Report of the Lahore Medical School Hospital
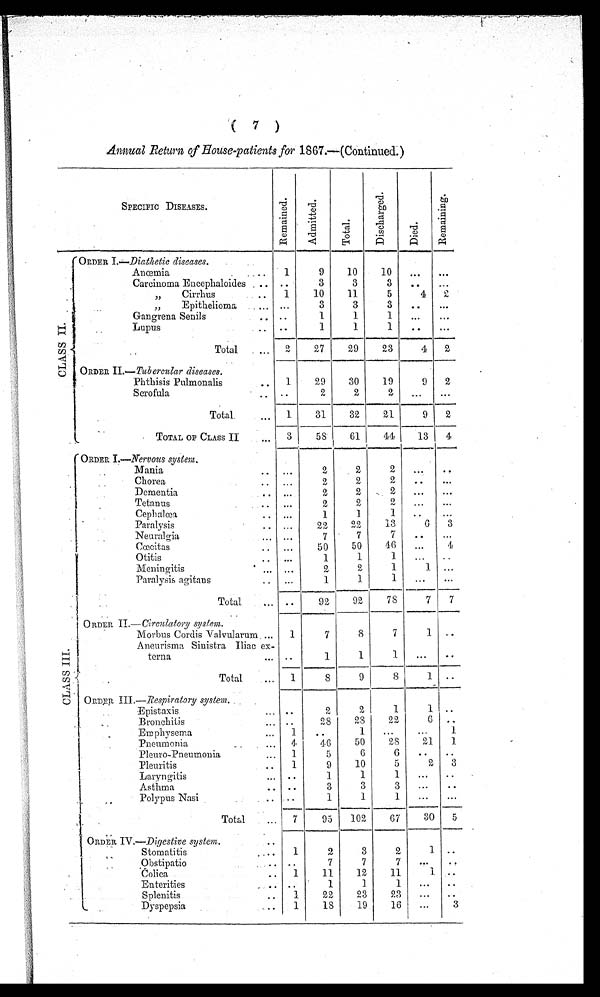
Annual Return, of House-patients for 1867.—(Continued.)
SPECIFIC DISEASES.
R e m a i n e d .
A d i m i t t e d .
T o t a l .
D i s h a r g e d .
D i e d .
R e m a i n i n g .
C L A S S I I
ORDER I. —Diathetic diseases.
Anœmia
.
1
9
10
10
. . .
. . .
Carcinoma Encephaloides , ..
3
3
3
. .
...
Cirrhus
.
1
10
11
5
4
2
Epithelioma ...
"
...
3
3
3
. .
. . .
Gangrena Senils
. . . .
1
1
1
. . .
. . .
Lupus
..
. .
1
1
1
..
. . .
Total
2
27
29
23
4
2
ORDER II.— Tubercular diseases.
Phthisis Pulmonalis
. .
1
29
30
19
9
2
Scrofula
..
. .
2
2
2
. . .
. . .
Total.
. . .
1 31
32
21
9
2
TOTAL OF CLASS II
...
3
58
61
44
13
4
CLASS I I I
ORDER I .—Nervous system.
Mania..
. . .
2
2
2
. . .
Chorea.. ...
2
2
2
. .
. . .
Dementia
. . .
2
2
2
. . .
. . .
Tetanus
. . .
2
2
2 ,
...
...
Cephalœa
.
. . .
1
1
1
..
...
Paralysis
. . ...
22
22
13
6
3
Neuralgia
... ...
7
7
7
..
...
Cœcitas
..
...
50
50
46
...
4
Otitis
. .
. . .
1
1
1
. . .
. .
Meningitis
. ...
...
2
2
1
1 ...
Paralysis agitans
..
. . .
1
1
1
. . .
Total
... ..
92
92
78
7
7
ORDER II .—Circulatory system.
Morbus Cordis Valvularum ...
1
7
8
7
1
Aneurisma Sinistra Iliac ex-
terna
...
.
.
1
1
1
...
. .
Total
.
...
1
8
9
8
1 ..
ORDER Ill. —Respiratory system.
.
Epistaxis
.
2
2
1
1 ..
Bronchitis
.. ..
28
28
22
6 ..
Emphysema
...
1
. .
1
...
...
Pneumonia
...
4
46
50
28
21
Pleuro-Pneumonia
...
1
5
0
6
.
Pleuritis
..
1
9
10
5
2
3
Laryngitis
... . .
1
1
1
...
. .
Asthma
3
3
3
. ..
. .
Polypus Nasi
.. ..
1
1
1
...
. . .
Total ..
7
95
102
37
30
5
ORDER IV —Digestive system.
..
S t o m a t i t i s
1
2
3
2
1
Obstipatio
7 7
7
Colia
11
12
11
1
.. ..
Enterities
1 1
1
. .
Splenitis
1
22
23
23
Dyspepsia
1
18
19
16
..
3